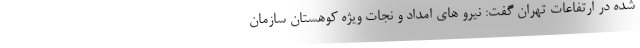
شده در ارتفاعات تهران گفت: نیرو های امداد و نجات ویژه کوهستان سازمان